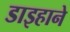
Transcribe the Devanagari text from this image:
डाइहाने